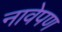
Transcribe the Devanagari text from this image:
नावेपण